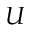
U